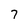
Character: 7